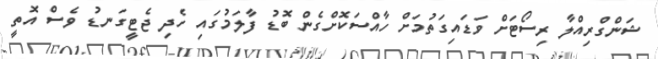
ޝަންގްރިއްލާ ރިސޯޓަށް ވަޑައިގަތުމަށް ހާއްސަކޮށްގެން ބޮޑު ފާލަމުގައި ހެދި ޖެޓީގަނޑު ވެސް އޮތީ